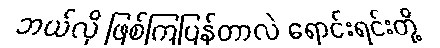
ဘယ်လို ဖြစ်ကြပြန်တာလဲ ရောင်းရင်းတို့